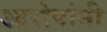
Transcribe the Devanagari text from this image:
आरोपांनी